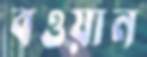
বওয়ান